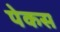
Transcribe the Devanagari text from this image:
पेकस